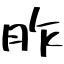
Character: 胙